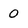
Character: 0